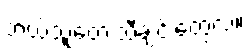
ဘယ်သူ့တေးသီချင်းတွေလဲ။